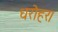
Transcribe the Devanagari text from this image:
धरोहर।